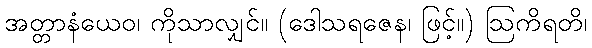
အတ္တာနံယေဝ၊ ကိုသာလျှင်။ (ဒေါသရဇေန၊ ဖြင့်။) ဩကိရတိ၊